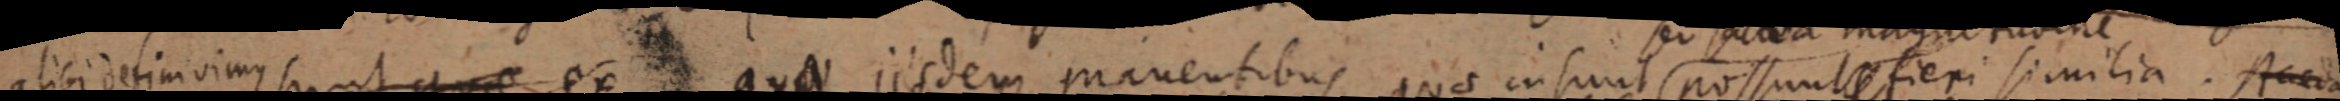
alibi definirimus sunt quae ex qua iisdem manentibus quae in sunt possunt fieri similia. Aceva